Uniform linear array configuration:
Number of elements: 32
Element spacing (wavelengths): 0.5
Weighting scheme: hamming
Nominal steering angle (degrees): -45
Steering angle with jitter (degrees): -45.152
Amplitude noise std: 0.05
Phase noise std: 0.05

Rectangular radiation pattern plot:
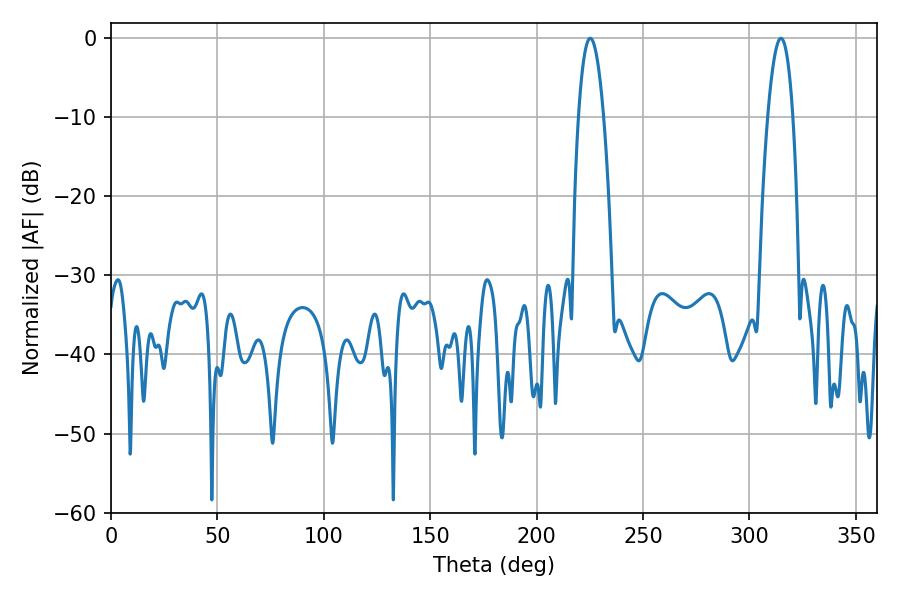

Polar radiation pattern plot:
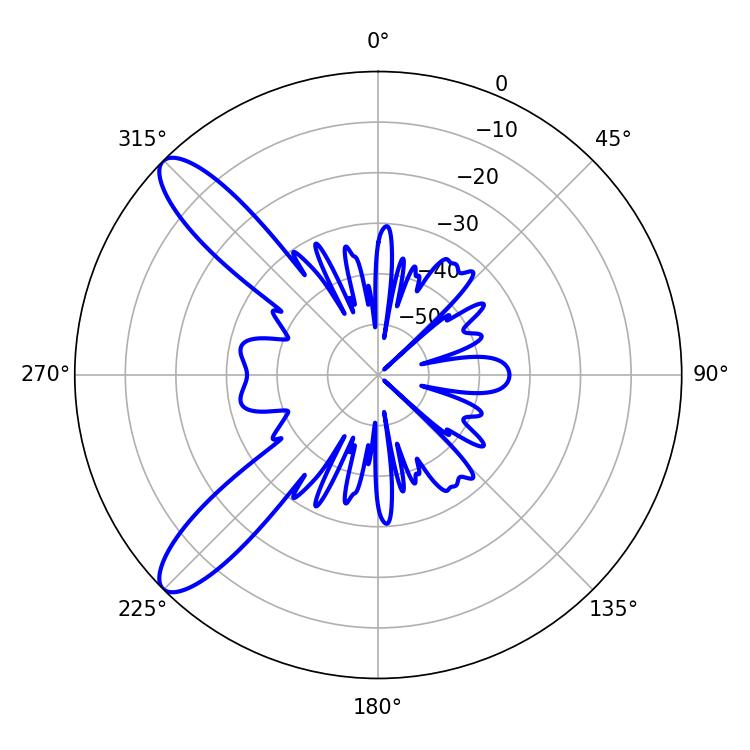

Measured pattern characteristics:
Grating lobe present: FALSE
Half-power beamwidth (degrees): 6.48
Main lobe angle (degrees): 225.18